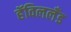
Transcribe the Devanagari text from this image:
हॅविललँड